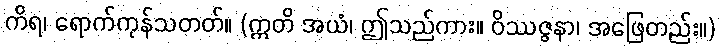
ကိရ၊ ရောက်ကုန်သတတ်။ (ဣတိ အယံ၊ ဤသည်ကား။ ဝိဿဇ္ဇနာ၊ အဖြေတည်း။)